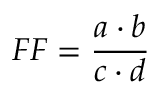
F F = { \frac { a \cdot b } { c \cdot d } }